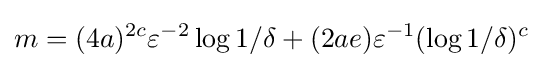
m=(4a)^{2c}\varepsilon ^{-2}\log 1/\delta +(2ae)\varepsilon ^{-1}(\log 1/\delta )^{c}